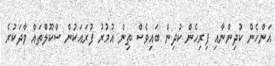
އަންހެން ކުދިންނާއި ފިރިހެން ކުދިން ބައިވެސް ތިން އުމުރު ފުރައަކުން ސްކޫލްތައް ވާދަކުރެ